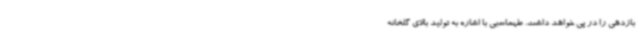
بازدهی را در پی خواهد داشت. طهماسبی با اشاره به تولید بالای گلخانه